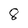
Character: 8